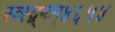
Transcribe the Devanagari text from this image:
स्व्स्द्व्ग्व्म्४६५४